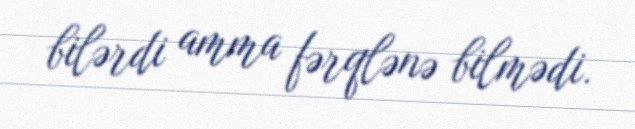
bilərdi amma fərqlənə bilmədi.